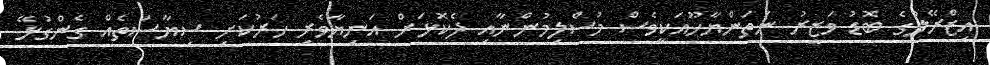
އިޒްރޭލުގެ ބޮޑު ވަޒީރު ނަތަންޔާހޫއަކީވެސް މުސްލިމުންނާއި ދެކޮޅަށް އަނިޔާވެރި ހަރުކަށި ސިޔާސަތެއް ގެންގުޅޭ